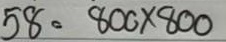
58 = 800 x 800